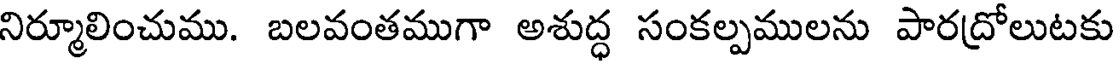
నిర్మూలించుము. బలవంతముగా అశుద్ధ సంకల్పములను పారద్రోలుటకు